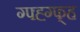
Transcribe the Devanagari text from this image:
ग्फ्ह्ग्फ्ह